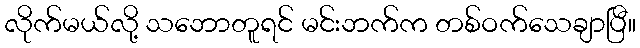
လိုက်မယ်လို့ သဘောတူရင် မင်းဘက်က တစ်ဝက်သေချာပြီ။